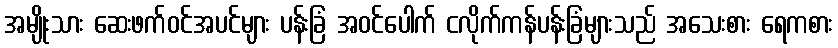
အမျိုးသား ဆေးဖက်ဝင်အပင်များ ပန်းခြံ အဝင်ပေါက် ငလိုက်ကန်ပန်းခြံများသည် အသေးစား ရေကစား